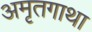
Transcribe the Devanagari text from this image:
अमृतगाथा